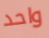
واحد